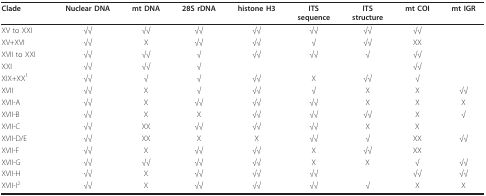
<table><thead><tr><td><b>Clade</b></td><td><b>Nuclear DNA</b></td><td><b>mt DNA</b></td><td><b>28S rDNA</b></td><td><b>histone H3</b></td><td><b>ITSsequence</b></td><td><b>ITSstructure</b></td><td><b>mt COI</b></td><td><b>mt IGR</b></td></tr></thead><tbody><tr><td>XV to XXI</td><td>√√</td><td>√√</td><td>√√</td><td>√√</td><td>√√</td><td>√√</td><td>√√</td><td></td></tr><tr><td>XV+XVI</td><td>√√</td><td>X</td><td>√√</td><td>√√</td><td>√</td><td>√√</td><td>XX</td><td></td></tr><tr><td>XVII to XXI</td><td>√√</td><td>√√</td><td>√</td><td>√√</td><td>√√</td><td>√</td><td>√√</td><td></td></tr><tr><td>XXI</td><td>√√</td><td>√√</td><td>√</td><td></td><td></td><td></td><td>√√</td><td></td></tr><tr><td>XIX+XX<sup>1</sup></td><td>√√</td><td>√</td><td>√</td><td>√√</td><td>X</td><td>√√</td><td>√</td><td></td></tr><tr><td>XVII</td><td>√√</td><td>X</td><td>√</td><td>√√</td><td>√</td><td>X</td><td>X</td><td>√√</td></tr><tr><td>XVII-A</td><td>√√</td><td>X</td><td>√√</td><td>√√</td><td>√√</td><td>X</td><td>X</td><td>X</td></tr><tr><td>XVII-B</td><td>√√</td><td>X</td><td>X</td><td>√√</td><td>√√</td><td>√√</td><td>X</td><td>√</td></tr><tr><td>XVII-C</td><td>√√</td><td>XX</td><td>√√</td><td>√√</td><td>√√</td><td>X</td><td>X</td><td></td></tr><tr><td>XVII-D/E</td><td>√√</td><td>XX</td><td>X</td><td>X</td><td>√√</td><td>√</td><td>XX</td><td>√√</td></tr><tr><td>XVII-F</td><td>√√</td><td>X</td><td>√√</td><td>√√</td><td>X</td><td>√√</td><td>XX</td><td></td></tr><tr><td>XVII-G</td><td>√√</td><td>√√</td><td>√√</td><td>√√</td><td>X</td><td>X</td><td>√</td><td>√√</td></tr><tr><td>XVII-H</td><td>√√</td><td>X</td><td>√√</td><td>√√</td><td>√√</td><td></td><td>√√</td><td>√√</td></tr><tr><td>XVII-I<sup>2</sup></td><td>√√</td><td>X</td><td>√√</td><td>√√</td><td>√√</td><td>√</td><td>X</td><td>X</td></tr></tbody></table>